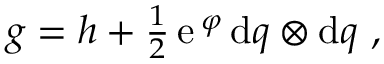
\begin{array} { r } { g = h + \frac { 1 } { 2 } { \, \mathrm e } \, ^ { \varphi } \, \mathrm { d } q \otimes \mathrm { d } q \ , } \end{array}